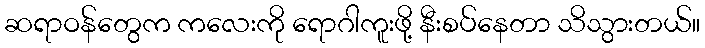
ဆရာဝန်တွေက ကလေးကို ရောဂါကူးဖို့ နီးစပ်နေတာ သိသွားတယ်။